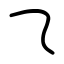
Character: ⺄